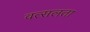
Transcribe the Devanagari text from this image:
वत्सलता